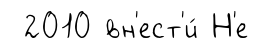
2010 вн'ест'и́ Н'е